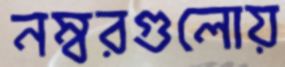
নম্বরগুলোয়